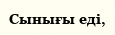
Сынығы еді,